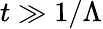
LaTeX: t\gg 1/\Lambda